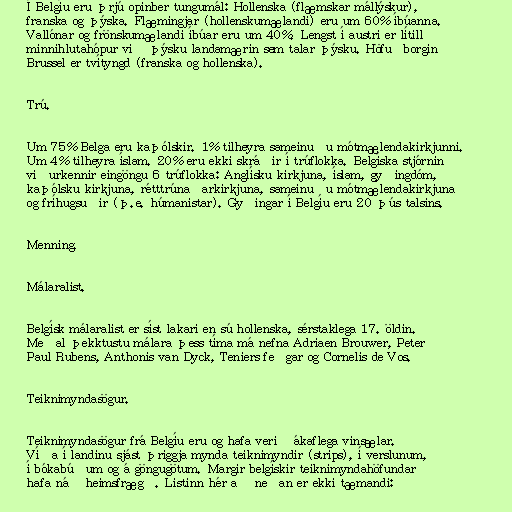
Í Belgíu eru þrjú opinber tungumál: Hollenska (flæmskar mállýskur),
franska og þýska. Flæmingjar (hollenskumælandi) eru um 60% íbúanna.
Vallónar og frönskumælandi íbúar eru um 40%. Lengst í austri er lítill
minnihlutahópur við þýsku landamærin sem talar þýsku. Höfuðborgin
Brussel er tvítyngd (franska og hollenska).

Trú.

Um 75% Belga eru kaþólskir. 1% tilheyra sameinuðu mótmælendakirkjunni.
Um 4% tilheyra íslam. 20% eru ekki skráðir í trúflokka. Belgíska stjórnin
viðurkennir eingöngu 6 trúflokka: Anglísku kirkjuna, íslam, gyðingdóm,
kaþólsku kirkjuna, rétttrúnaðarkirkjuna, sameinuðu mótmælendakirkjuna
og fríhugsuðir (þ.e. húmanistar). Gyðingar í Belgíu eru 20 þús talsins.

Menning.

Málaralist.

Belgísk málaralist er síst lakari en sú hollenska, sérstaklega 17. öldin.
Meðal þekktustu málara þess tíma má nefna Adriaen Brouwer, Peter
Paul Rubens, Anthonis van Dyck, Teniers feðgar og Cornelis de Vos.

Teiknimyndasögur.

Teiknimyndasögur frá Belgíu eru og hafa verið ákaflega vinsælar.
Víða í landinu sjást þriggja mynda teiknimyndir (strips), í verslunum,
í bókabúðum og á göngugötum. Margir belgískir teiknimyndahöfundar
hafa náð heimsfrægð. Listinn hér að neðan er ekki tæmandi: